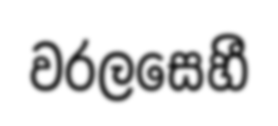
වරලසෙහී